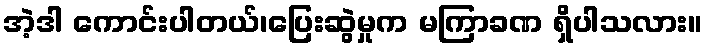
အဲ့ဒါ ကောင်းပါတယ်၊ပြေးဆွဲမှုက မကြာခဏ ရှိပါသလား။